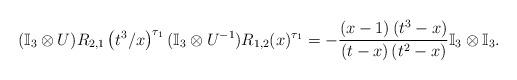
LaTeX: \begin{align*}(\mathbb{I}_3\otimes U)R_{2,1}\left(t^3/x\right)^{\tau_1}(\mathbb{I}_3\otimes U^{-1})R_{1,2}(x)^{\tau_1}=-\frac{(x-1) \left(t^3-x\right)}{(t-x)\left(t^2-x\right)} \mathbb{I}_3\otimes\mathbb{I}_3.\end{align*}